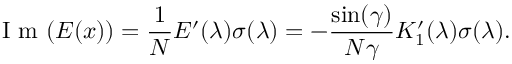
\mathrm { ~ I ~ m ~ } ( E ( x ) ) = \frac { 1 } { N } E ^ { \prime } ( \lambda ) \sigma ( \lambda ) = - \frac { \sin ( \gamma ) } { N \gamma } K _ { 1 } ^ { \prime } ( \lambda ) \sigma ( \lambda ) .